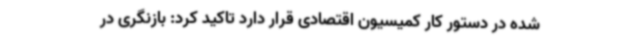
شده در دستور کار کمیسیون اقتصادی قرار دارد تاکید کرد: بازنگری در